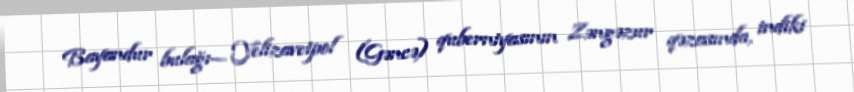
Bayandur bulağı— Yelizavetpol (Gəncə) quberniyasının Zəngəzur qəzasında, indiki